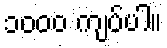
၁၀၀၀ ကျပ်ပါ။